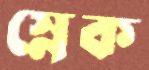
স্নেক